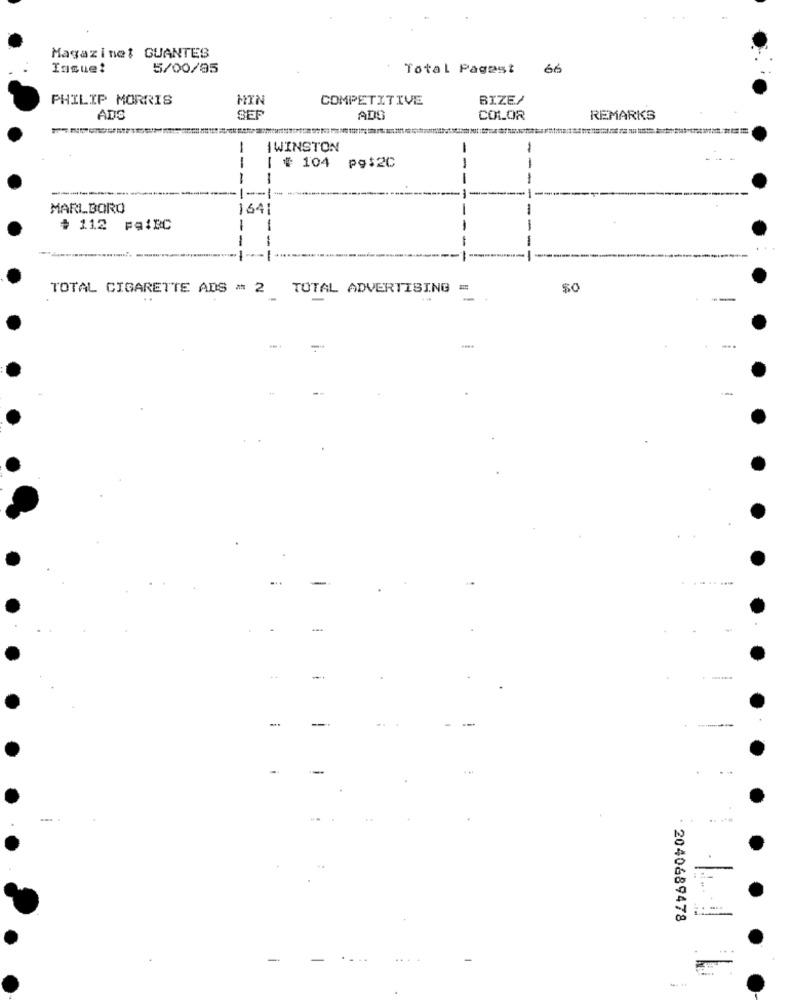
Magazine: GUANTES
Issue!
5/00/95
Total Pagest 66
PHILIP MORRIS
MIN
COMPETITIVE
BIZE/
ADS
SER
ADS
COLOR
REMARKS
IWINSTON
# 104
pg$2C
---
-
---
---
MARLBORO
164
-
# 112 pęiBC
-
-
TOTAL CIGARETTE ADS = 2 TOTAL ADVERTISING =
$o
--
-..
-
. 2040689478